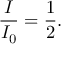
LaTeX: { \frac { I } { I _ { 0 } } } = { \frac { 1 } { 2 } } .